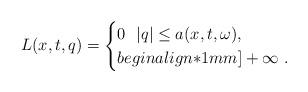
LaTeX: \begin{align*}L(x,t,q)=\begin{cases}0 \ \ |q| \le a(x,t,\omega),\\begin{align*}1mm]+\infty \ .\end{cases}\end{align*}